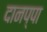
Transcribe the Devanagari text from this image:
दानप्पा